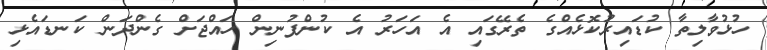
ހުޅުވާލިތާ ކުޑައިރުކޮޅެއްގެ ތެރޭގައި އެ އަހަރު އެ ކުންފުނިން ހައްޖަށް ގެންދަން ކަނޑައެޅި